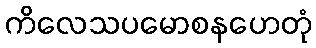
ကိလေသပမောစနဟေတုံ